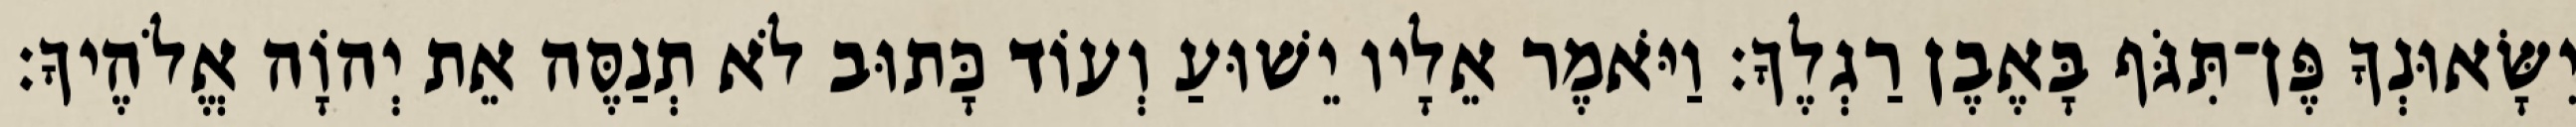
יִשָּׂאוּנְךָ פֶּן־תִּגֹּף בָּאֶבֶן רַגְלֶךָ׃ וַיֹּאמֶר אֵלָיו יֵשׁוּעַ וְעוֹד כָּתוּב לֹא תְנַסֶּה אֵת יְהוָֹה אֱלֹהֶיךָ׃